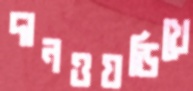
দানওয়ডিখে